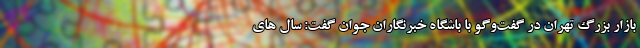
بازار بزرگ تهران در گفت‌وگو با باشگاه خبرنگاران جوان گفت: سال های